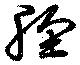
脛